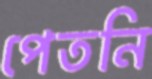
পেতনি